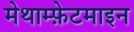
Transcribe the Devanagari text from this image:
मेथाम्फ़ेटमाइन